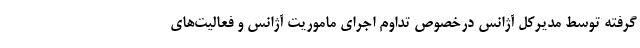
گرفته توسط مدیرکل آژانس درخصوص تداوم اجرای ماموریت آژانس و فعالیت‌های